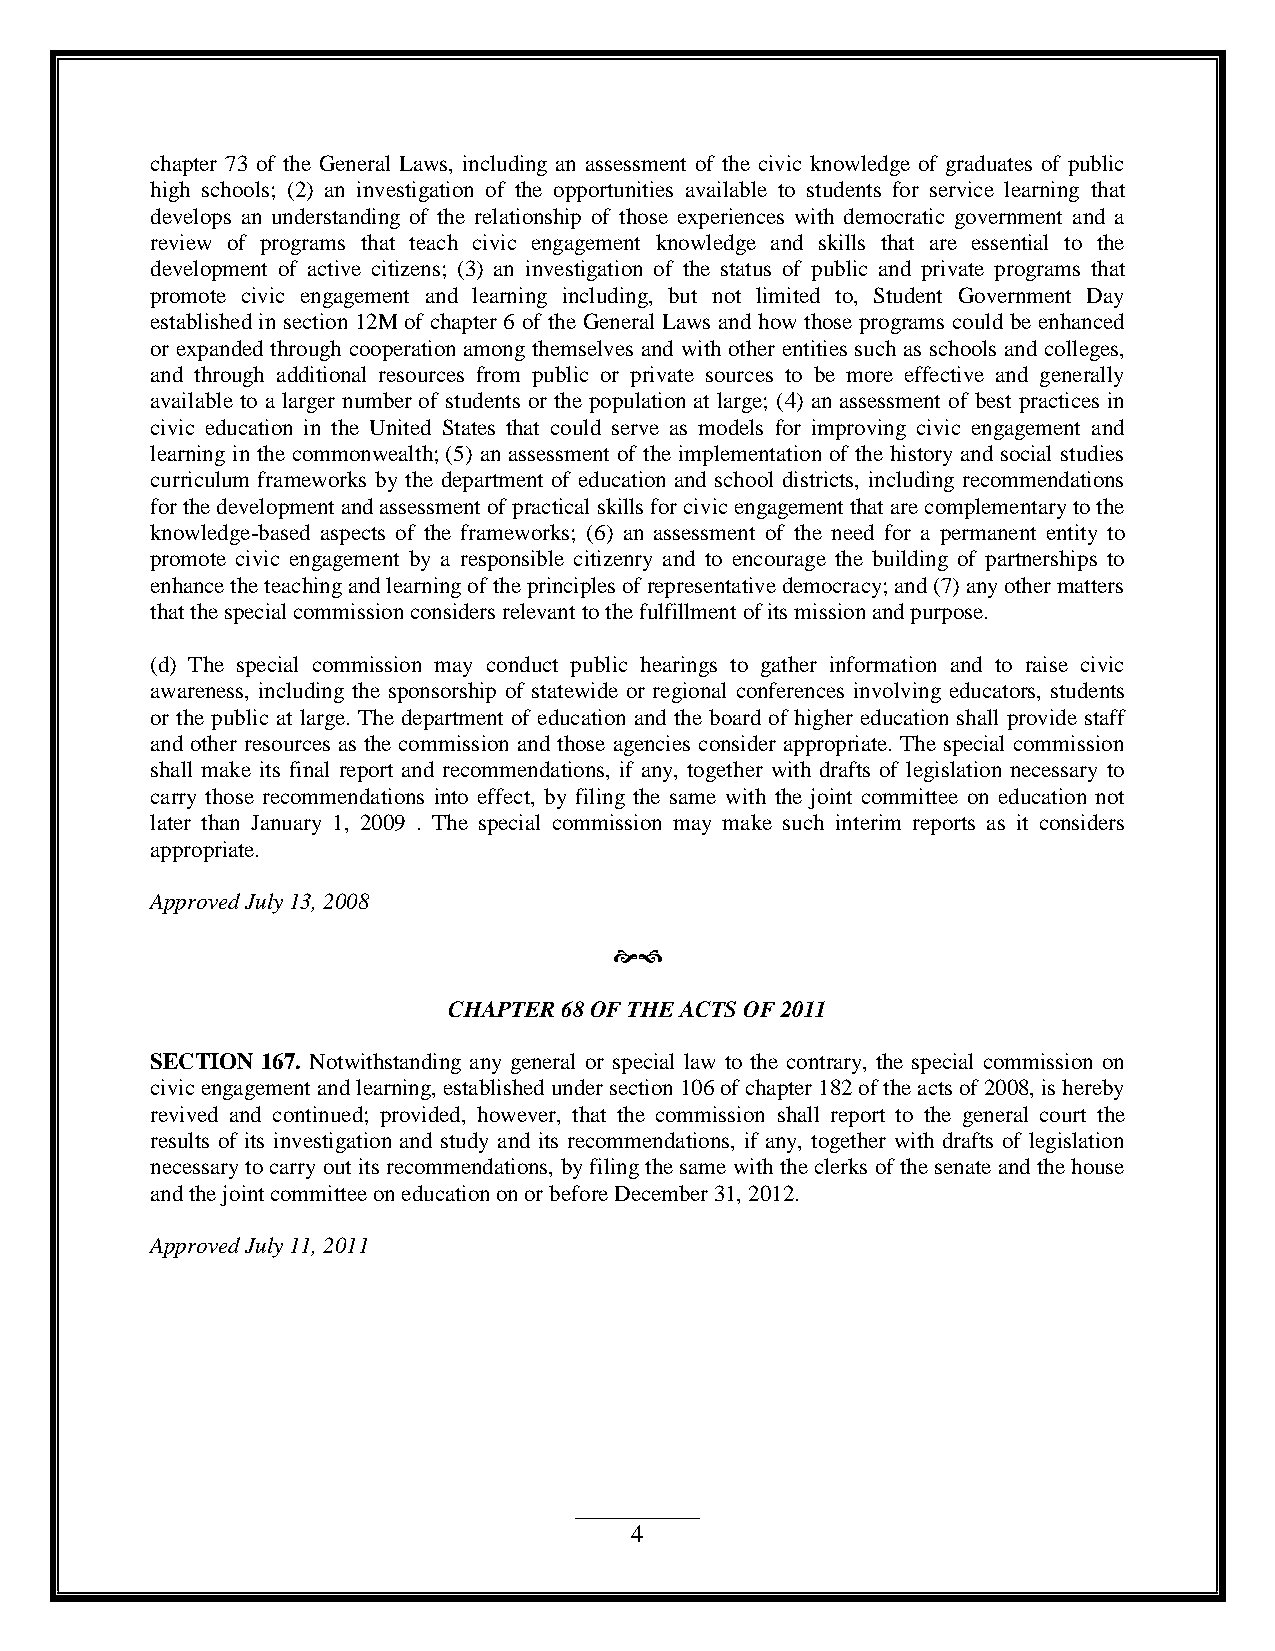
chapter 73 of the General Laws, including an assessment of the civic knowledge of graduates of public
 high schools; (2) an investigation of the opportunities available to students for service learning that
 develops an understanding of the relationship of those experiences with democratic government and a
 review of programs that teach civic engagement knowledge and skills that are essential to the
 development of active citizens; (3) an investigation of the status of public and private programs that
 promote civic engagement and learning including, but not limited to, Student Government Day
 established in section 12M of chapter 6 of the General Laws and how those programs could be enhanced
 or expanded through cooperation among themselves and with other entities such as schools and colleges,
 and through additional resources from public or private sources to be more effective and generally
 available to a larger number of students or the population at large; (4) an assessment of best practices in
 civic education in the United States that could serve as models for improving civic engagement and
 learning in the commonwealth; (5) an assessment of the implementation of the history and social studies
 curriculum frameworks by the department of education and school districts, including recommendations
 for the development and assessment of practical skills for civic engagement that are complementary to the
 knowledge-based aspects of the frameworks; (6) an assessment of the need for a permanent entity to
 promote civic engagement by a responsible citizenry and to encourage the building of partnerships to
 enhance the teaching and learning of the principles of representative democracy; and (7) any other matters
 that the special commission considers relevant to the fulfillment of its mission and purpose.
 (d) The special commission may conduct public hearings to gather information and to raise civic
 awareness, including the sponsorship of statewide or regional conferences involving educators, students
 or the public at large. The department of education and the board of higher education shall provide staff
 and other resources as the commission and those agencies consider appropriate. The special commission
 shall make its final report and recommendations, if any, together with drafts of legislation necessary to
 carry those recommendations into effect, by filing the same with the joint committee on education not
 later than January 1, 2009 . The special commission may make such interim reports as it considers
 appropriate.
 Approved July 13, 2008
 
 CHAPTER 68 OF THE ACTS OF 2011
 SECTION 167. Notwithstanding any general or special law to the contrary, the special commission on
 civic engagement and learning, established under section 106 of chapter 182 of the acts of 2008, is hereby
 revived and continued; provided, however, that the commission shall report to the general court the
 results of its investigation and study and its recommendations, if any, together with drafts of legislation
 necessary to carry out its recommendations, by filing the same with the clerks of the senate and the house
 and the joint committee on education on or before December 31, 2012.
 Approved July 11, 2011
 4